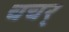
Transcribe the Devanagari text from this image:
चचर्